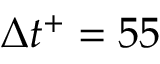
\Delta t ^ { + } = 5 5